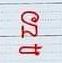
ន្ន